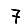
Digit: 7